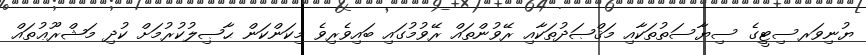
ޔުނިވަރސިޓީގެ ސިޔާސަތުތަކާއި މަޤްޞަދުތަކާއި ރޭވުންތައް ރޭވުމުގައި ބައިވެރިވެ މިކަންކަން ޙާޞިލުކުރުމަށް ކުދި މަޝްރޫޢުތައް